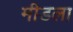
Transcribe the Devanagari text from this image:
मीडला